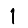
Digit: 1